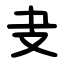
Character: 叏